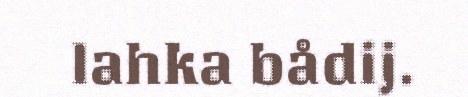
lahka bådij.